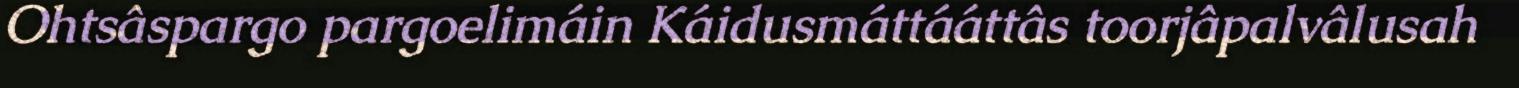
Ohtsâspargo pargoelimáin Káidusmáttááttâs toorjâpalvâlusah